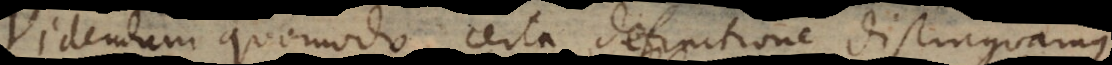
idendum quomodo certa definitione distinguamus